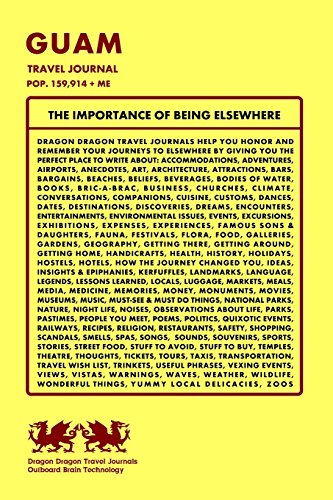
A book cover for Guam Travel Journal, Pop. 159,914 + Me; Dragon Dragon Travel Journals; Travel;